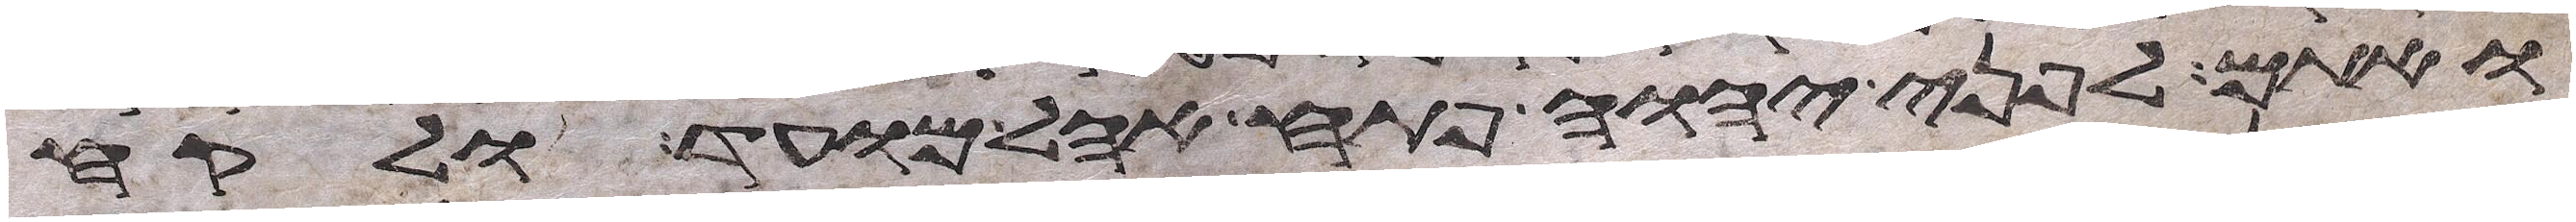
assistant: ואתם לפני יהוה פתח אהל מועד ולקח